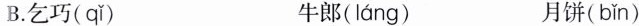
B. 乞巧( qǐ ) 牛郎( láng ) 月饼( bǐn )